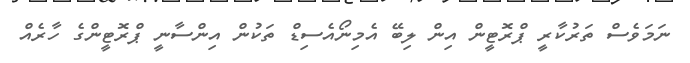
ނަމަވެސް ތަރުކާރީ ޕްރޮޓީން އިން ލިބޭ އެމިނޯއެސިޑް ތަކުން އިންސާނީ ޕްރޮޓީންގެ ހާރެއް